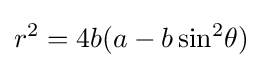
r^{2}=4b(a-b\sin ^{2}\!\theta )